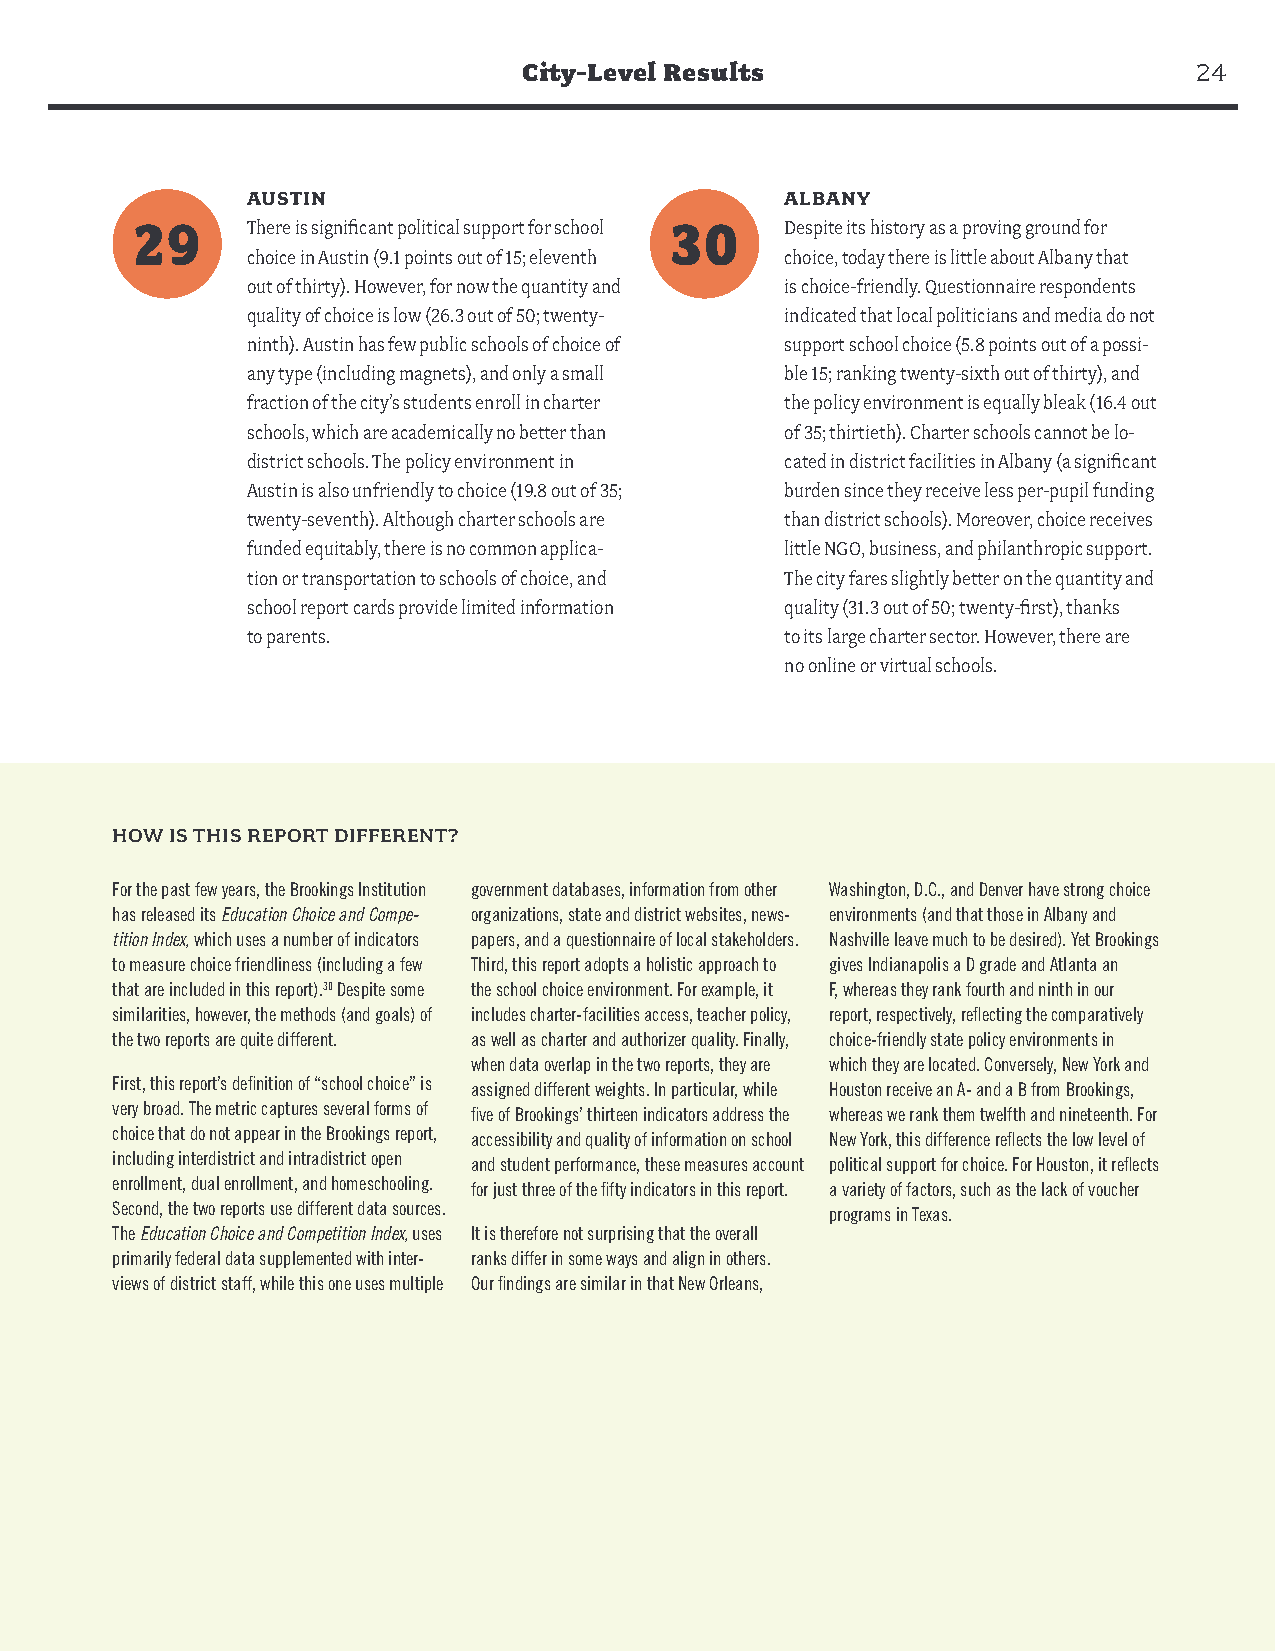
City-Level Results                          24
 AUSTIN                              ALBANY
 29     There is significant political support for school 30 Despite its history as a proving ground for
 choice in Austin (9.1 points out of 15; eleventh choice, today there is little about Albany that
 out of thirty). However, for now the quantity and is choice-friendly. Questionnaire respondents
 quality of choice is low (26.3 out of 50; twenty- indicated that local politicians and media do not
 ninth). Austin has few public schools of choice of support school choice (5.8 points out of a possi-
 any type (including magnets), and only a small ble 15; ranking twenty-sixth out of thirty), and
 fraction of the city’s students enroll in charter the policy environment is equally bleak (16.4 out
 schools, which are academically no better than of 35; thirtieth). Charter schools cannot be lo-
 district schools. The policy environment in cated in district facilities in Albany (a significant
 Austin is also unfriendly to choice (19.8 out of 35; burden since they receive less per-pupil funding
 twenty-seventh). Although charter schools are than district schools). Moreover, choice receives
 funded equitably, there is no common applica- little NGO, business, and philanthropic support.
 tion or transportation to schools of choice, and The city fares slightly better on the quantity and
 school report cards provide limited information quality (31.3 out of 50; twenty-first), thanks
 to parents.                         to its large charter sector. However, there are
 no online or virtual schools.
 HOW IS THIS REPORT DIFFERENT?
 For the past few years, the Brookings Institution government databases, information from other Washington, D.C., and Denver have strong choice
 has released its Education Choice and Compe- organizations, state and district websites, news- environments (and that those in Albany and
 tition Index, which uses a number of indicators papers, and a questionnaire of local stakeholders. Nashville leave much to be desired). Yet Brookings
 to measure choice friendliness (including a few Third, this report adopts a holistic approach to gives Indianapolis a D grade and Atlanta an
 that are included in this report).30 Despite some the school choice environment. For example, it F, whereas they rank fourth and ninth in our
 similarities, however, the methods (and goals) of includes charter-facilities access, teacher policy, report, respectively, reflecting the comparatively
 the two reports are quite different. as well as charter and authorizer quality. Finally, choice-friendly state policy environments in
 when data overlap in the two reports, they are which they are located. Conversely, New York and
 First, this report’s definition of “school choice” is assigned different weights. In particular, while Houston receive an A- and a B from Brookings,
 very broad. The metric captures several forms of five of Brookings’ thirteen indicators address the whereas we rank them twelfth and nineteenth. For
 choice that do not appear in the Brookings report, accessibility and quality of information on school New York, this difference reflects the low level of
 including interdistrict and intradistrict open and student performance, these measures account political support for choice. For Houston, it reflects
 enrollment, dual enrollment, and homeschooling. for just three of the fifty indicators in this report. a variety of factors, such as the lack of voucher
 Second, the two reports use different data sources. programs in Texas.
 The Education Choice and Competition Index, uses It is therefore not surprising that the overall
 primarily federal data supplemented with inter- ranks differ in some ways and align in others.
 views of district staff, while this one uses multiple Our findings are similar in that New Orleans,